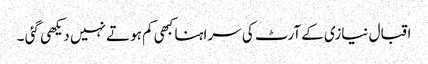
اقبال نیازی کے آرٹ کی سراہنا کبھی کم ہوتے نہیں دیکھی گئی ۔